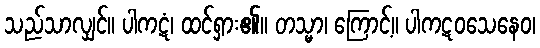
သည်သာလျှင်။ ပါကဋံ၊ ထင်ရှား၏။ တသ္မာ၊ ကြောင့်။ ပါကဋဝသေနေဝ၊